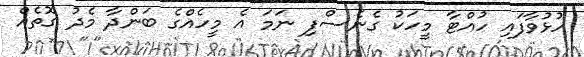
ހުޅުވާފައި ހުއްޓާ މީހަކު ގެނެސްފި ނަމަ އެ މީހެއްގެ ބަންދާ މެދު ގޮތެއް